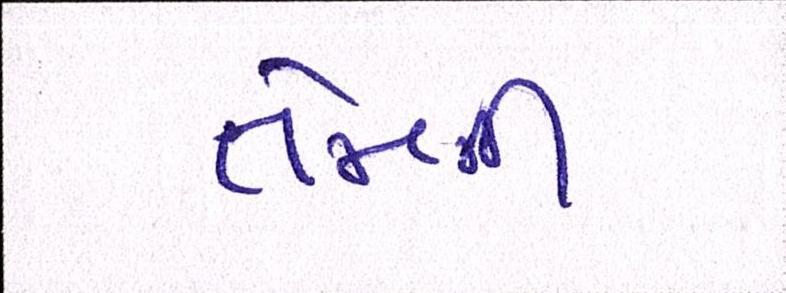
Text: તેમની